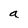
Character: a